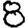
Digit: 8